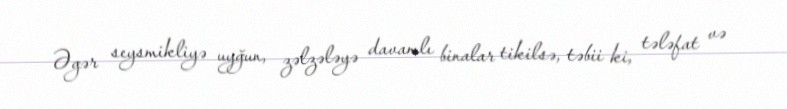
Əgər seysmikliyə uyğun, zəlzələyə davamlı binalar tikilsə, təbii ki, tələfat və